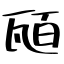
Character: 瓸